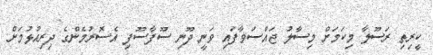
ކީރިތި ރަސޫލާ މިކަމަށް މިސާލު ޖައްސަވާފައި ވަނީ ދޫނި ސޫފާސޫފި އެސޮރުމެންގެ ދިރިއުޅުމަށް